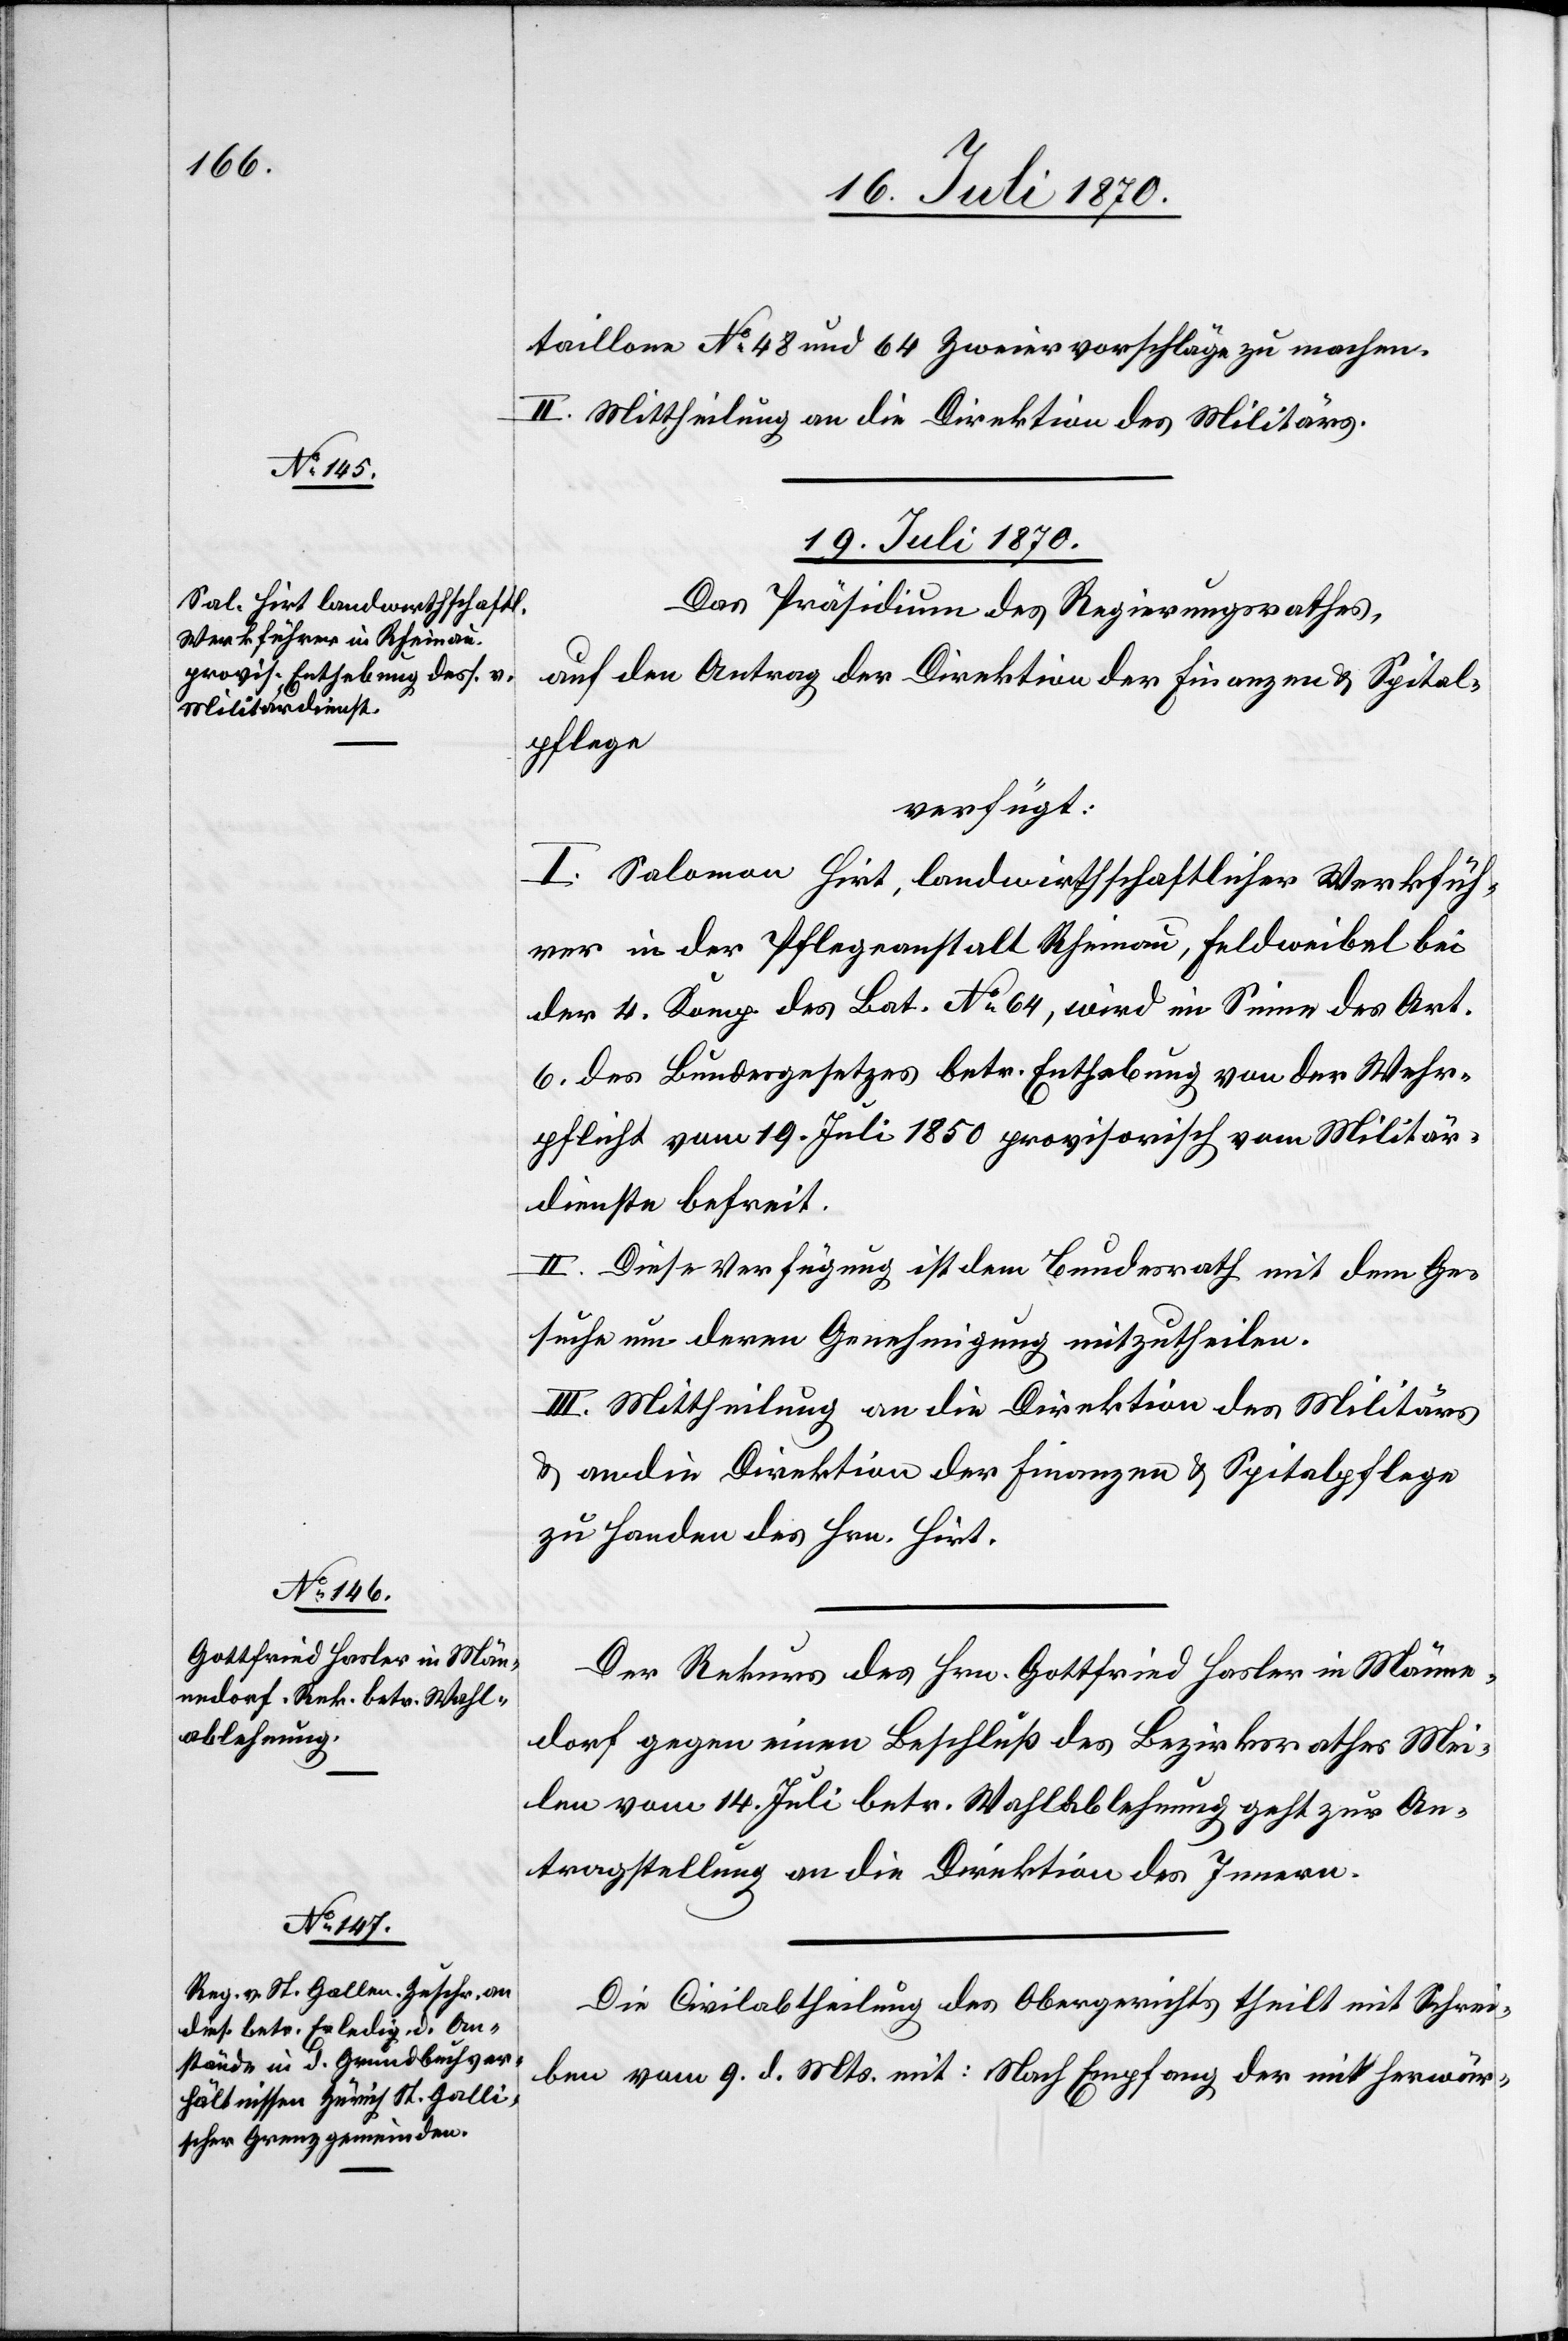
taillone No 48 und 64 Zweiervorschläge zu machen.
II. Mittheilung an die Direktion des Militärs.
19. Juli 1870.]
Das Präsidium des Regierungsrathes,
auf den Antrag der Direktion der Finanzen & Spital¬
pflege
verfügt:
I. Salomon Hirt, landwirthschaftlicher Werkfüh¬
rer in der Pflegeanstalt Rheinau, Feldweibel bei
der 4. Komp. des Bat. No 64, wird im Sinne des Art.
6. des Bundesgesetzes betr. Enthebung von der Wehr¬
pflicht vom 19. Juli 1850 provisorisch vom Militär¬
dienste befreit.
II. Diese Verfügung ist dem Bundesrath mit dem Ge¬
suche um deren Genehmigung mitzutheilen.
III. Mittheilung an die Direktion des Militärs
& an die Direktion der Finanzen & Spitalpflege
zu Handen des Hrn. Hirt.
Der Rekurs des Hrn. Gottfried Hasler in Männe¬
dorf gegen einen Beschluß des Bezirksrathes Mei¬
len vom 14. Juli betr. Wahlablehnung geht zur An¬
tragstellung an die Direktion des Innern.
Die Civilabtheilung des Obergerichtes theilt mit Schrei¬
ben vom 9. d. Mts. mit: Nach Empfang der mit herwär-